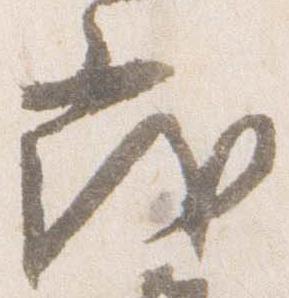
茂